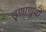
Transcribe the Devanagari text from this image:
तृणाणुवों